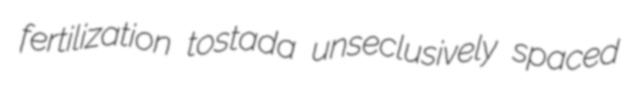
fertilization tostada unseclusively spaced